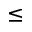
\leq